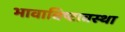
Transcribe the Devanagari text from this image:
भावाविष्टावस्था